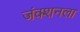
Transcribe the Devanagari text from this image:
जंक्शनला